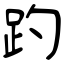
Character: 趵